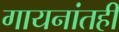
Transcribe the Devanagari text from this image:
गायनांतही